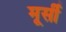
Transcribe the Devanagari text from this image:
मूर्सी